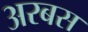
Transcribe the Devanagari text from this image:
अरबस